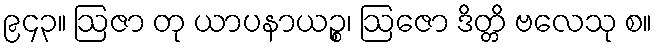
၉၄၃။ ဩဇာ တု ယာပနာယဉ္စ၊ ဩဇော ဒိတ္တိ ဗလေသု စ။